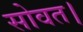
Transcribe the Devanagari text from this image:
सोवत।